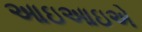
આઇઆઇએ